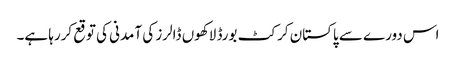
اس دورے سے پاکستان کرکٹ بورڈ لاکھوں ڈالرز کی آمدنی کی توقع کررہا ہے۔